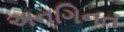
અનગિનત